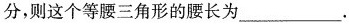
分，则这个等腰三角形的腰长为___.